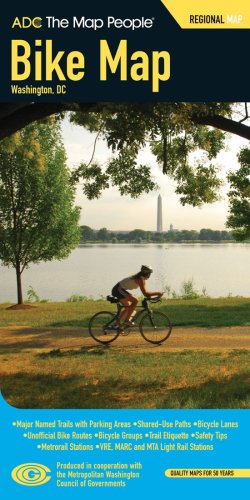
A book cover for Adc Washington D.c. Bike Pocket Map; Travel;